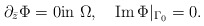
\begin{align*}\partial_{\bar z}\Phi = 0 \mbox{in}\,\,\Omega, \quad\mbox{Im}\,\Phi\vert_{\Gamma_0}=0.\end{align*}